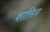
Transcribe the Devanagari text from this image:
शासिन